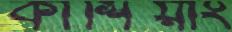
কার্শিয়াং